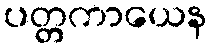
ပတ္တကာယေန